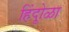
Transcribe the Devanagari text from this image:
हिंदूोळा